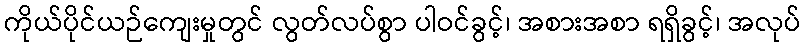
ကိုယ်ပိုင်ယဉ်ကျေးမှုတွင် လွတ်လပ်စွာ ပါဝင်ခွင့်၊ အစားအစာ ရရှိခွင့်၊ အလုပ်